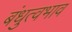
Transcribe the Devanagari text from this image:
बंधुत्वभाव